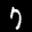
Label: 7